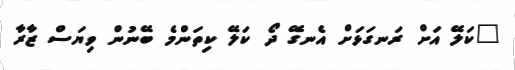
"ކަލޭ އަށް ރަނގަޅަށް އެނގޭ ދޯ ކަލޭ ކިތަންމެ ބޭނުން ވިޔަސް ޒާރާ